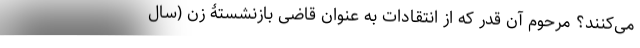
می‌کنند؟ مرحوم آن قدر که از انتقادات به عنوان قاضی بازنشستۀ زن (سال